Civil Veterinary Dept. Assam report 1911-1927 - 1911-1927
Year: 1911
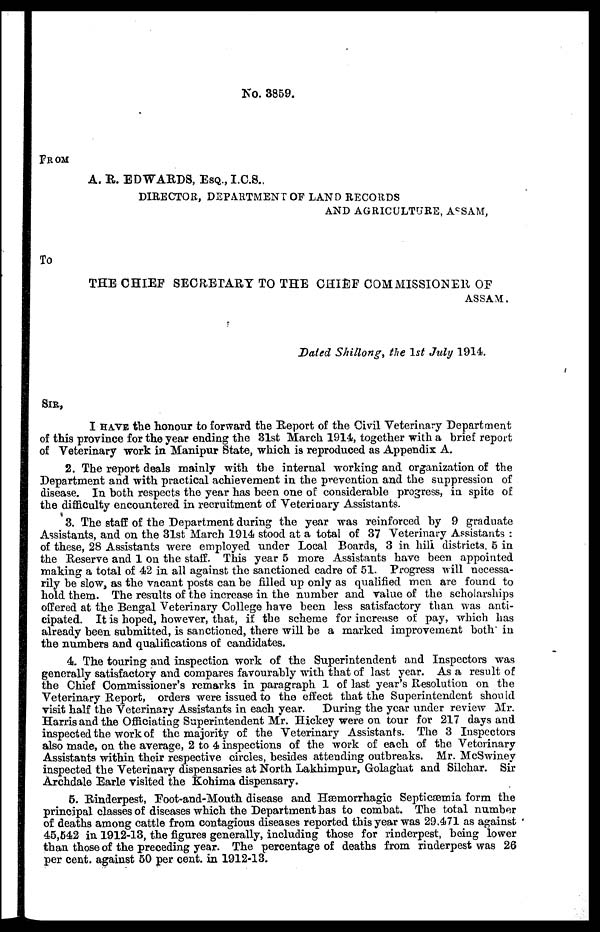
No. 3859.
FROM
A. R. EDWARDS, ESQ., I.C.S.,
DIRECTOR, DEPARTMENT OF LAND RECORDS
AND AGRICULTURE, ASSAM,
To
THE CHIEF SECRETARY TO THE CHIEF COMMISSIONER OF
ASSAM.
Dated Shillong, the 1st July 1914.
SIR,
I HAVE the honour to forward the Report of the Civil Veterinary Department
of this province for the year ending the 31st March 1914, together with a brief report
of Veterinary work in Manipur State, which is reproduced as Appendix A.
2. The report deals mainly with the internal working and organization of the
Department and with practical achievement in the prevention and the suppression of
disease. In both respects the year has been one of considerable progress, in spite of
the difficulty encountered in recruitment of Veterinary Assistants.
3. The staff of the Department during the year was reinforced by 9 graduate
Assistants, and on the 31st March 1914 stood at a total of 37 Veterinary Assistants :
of these, 28 Assistants were employed under Local Boards, 3 in hill districts, 5 in
the Reserve and 1 on the staff. This year 5 more Assistants have been appointed
making a total of 42 in all against the sanctioned cadre of 51. Progress will necessa-
rily be slow, as the vacant posts can be filled up only as qualified men are found to
hold them. The results of the increase in the number and value of the scholarships
offered at the Bengal Veterinary College have been less satisfactory than was anti-
cipated. It is hoped, however, that, if the scheme for increase of pay, which has
already been submitted, is sanctioned, there will be a marked improvement both in
the numbers and qualifications of candidates.
4. The touring and inspection work of the Superintendent and Inspectors was
generally satisfactory and compares favourably with that of last year. As a result of
the Chief Commissioner's remarks in paragraph 1 of last year's Resolution on the
Veterinary Report, orders were issued to the effect that the Superintendent should
visit half the Veterinary Assistants in each year. During the year under review Mr.
Harris and the Officiating Superintendent Mr. Hickey were on tour for 217 days and
inspected the work of the majority of the Veterinary Assistants. The 3 Inspectors
also made, on the average, 2 to 4 inspections of the work of each of the Veterinary
Assistants within their respective circles, besides attending outbreaks. Mr. McSwiney
inspected the Veterinary dispensaries at North Lakhimpur, Golaghat and Silchar. Sir
Archdale Earle visited the Kohima dispensary.
5. Rinderpest, Foot-and-Mouth disease and Hæmorrhagic Septicæmia form the
principal classes of diseases which the Department has to combat. The total number
of deaths among cattle from contagious diseases reported this year was 29,471 as against
45,642 in 1912-13, the figures generally, including those for rinderpest, being lower
than those of the preceding year. The percentage of deaths from rinderpest was 26
per cent, against 50 per cent. in 1912-13.